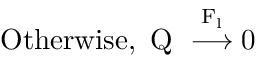
\mathrm { O t h e r w i s e , ~ Q ~ \stackrel { F _ { l } } { \longrightarrow } 0 ~ }